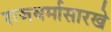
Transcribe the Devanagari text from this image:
राजधर्मासारखे